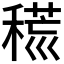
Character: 𥡍